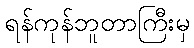
ရန်ကုန်ဘူတာကြီးမှ